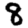
Digit: 8